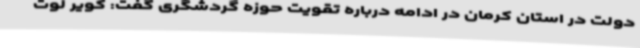
دولت در استان کرمان در ادامه درباره تقویت حوزه گردشگری گفت: کویر لوت